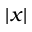
| x |